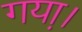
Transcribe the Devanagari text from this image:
गया़।